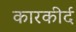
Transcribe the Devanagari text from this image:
कारकीर्द